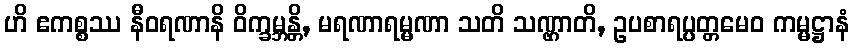
ဟိ ဧကစ္စဿ နီဝရဏာနိ ဝိက္ခမ္ဘန္တိ, မရဏာရမ္မဏာ သတိ သဏ္ဌာတိ, ဥပစာရပ္ပတ္တမေဝ ကမ္မဋ္ဌာနံ